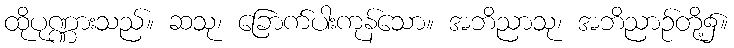
ထိုပုဏ္ဏားသည်။ ဆသု၊ ခြောက်ပါးကုန်သော။ အဘိညာသု၊ အဘိညာဉ်တို့၌။